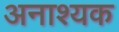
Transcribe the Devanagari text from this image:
अनाश्यक